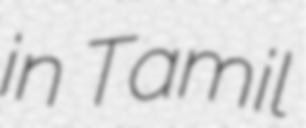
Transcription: in Tamil